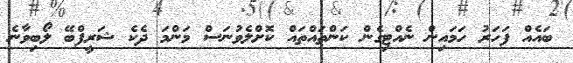
ބައެއް ފަހަރު ހަމައިން ނެއްޓިގެން ކަންތައްތައް ކޮށްލެވުނަސް މަންމަ ދެކެ ޝަރީފްބޭ ލޯބިވާނެ